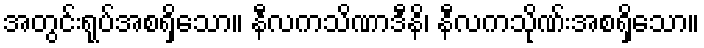
အတွင်းရုပ်အစရှိသော။ နီလကသိဏာဒီနိ၊ နီလကသိုဏ်းအစရှိသော။